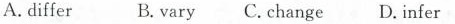
A.differ B.Vary C. Change D.Infer